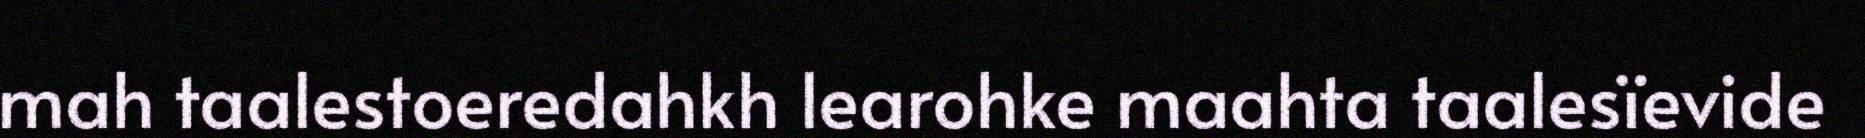
mah taalestoeredahkh learohke maahta taalesïevide